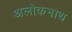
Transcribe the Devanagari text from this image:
अलोकनाथ